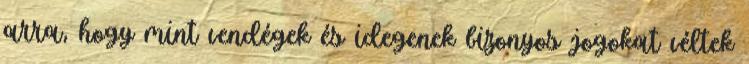
arra, hogy mint vendégek és idegenek bizonyos jogokat véltek